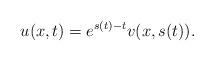
LaTeX: \begin{align*} u(x,t) = e^{s(t) - t}v(x, s(t)).\end{align*}